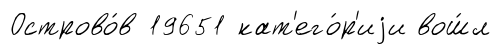
Острово́в 19651 кат'его́р'иjи вош́л